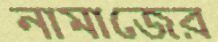
নামাজের